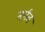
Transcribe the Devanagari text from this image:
मर्मत